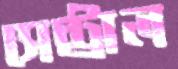
সেন্ট্রাল